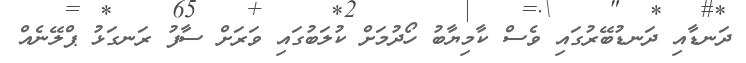
ދަނޑާއި ދަނޑުބޭރުގައި ވެސް ކާމިޔާބު ހޯދުމަށް ކުލަބުގައި ވަރަށް ސާފު ރަނގަޅު ޕްލޭނެއް